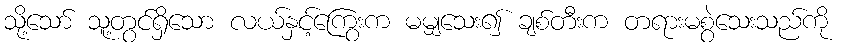
သို့သော် သူ့တွင်ရှိသော လယ်နှင့်ကြွေးက မမျှသေး၍ ချစ်တီးက တရားမစွဲသေးသည်ကို